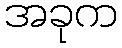
အခုက